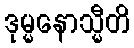
ဒုမ္မနောသ္မီတိ